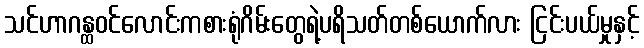
သင်ဟာဂန္ထဝင်လောင်းကစားရုံဂိမ်းတွေရဲ့ပရိသတ်တစ်ယောက်လား ငြင်းပယ်မှုနှင့်